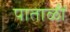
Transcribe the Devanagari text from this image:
पाताळीं